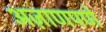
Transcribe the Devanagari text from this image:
अज़ाणपणे